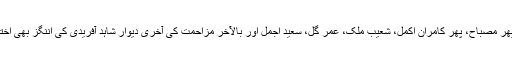
پہلے یونس، پھر مصباح، پھر کامران اکمل، شعیب ملک، عمر گل، سعید اجمل اور بالآخر مزاحمت کی آخری دیوار شاہد آفریدی کی اننگز بھی اختتام کو پہنچیں۔